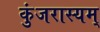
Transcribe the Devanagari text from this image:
कुंजरास्यम्